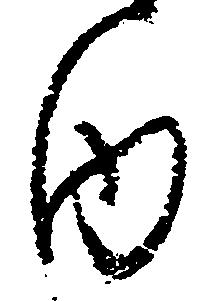
内